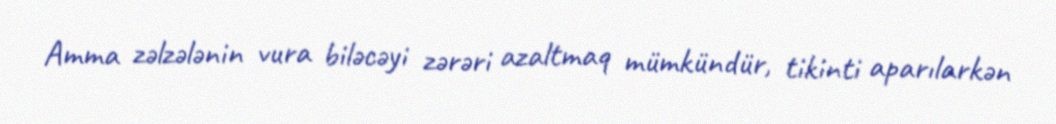
Amma zəlzələnin vura biləcəyi zərəri azaltmaq mümkündür, tikinti aparılarkən